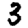
Digit: 3